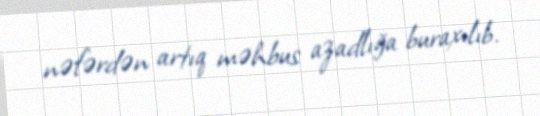
nəfərdən artıq məhbus azadlığa buraxılıb.